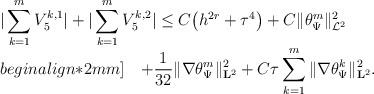
LaTeX: \begin{align*}\begin{array}{@{}l@{}}{\displaystyle |\sum_{k=1}^{m} V_5^{k,1}| + |\sum_{k=1}^{m} V_5^{k,2}| \leq C\big(h^{2r}+\tau^{4}\big) +C \|\theta_{\Psi}^{m}\|_{\mathcal{L}^2}^{2}}\\begin{align*}2mm]{\displaystyle \quad+ \frac{1}{32} \|\nabla\theta_{\Psi}^{m}\|_{\mathbf{L}^2}^{2}+C\tau \sum_{k=1}^{m}\|\nabla\theta_{\Psi}^{k}\|_{\mathbf{L}^2}^{2}.}\end{array}\end{align*}